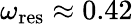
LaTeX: \omega_{\mathrm{res}}\approx 0.42